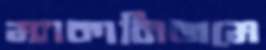
ম্যাকানিজমে